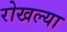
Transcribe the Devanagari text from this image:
रोखल्या